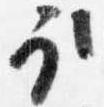
取